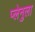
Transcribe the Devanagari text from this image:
प्लेनुला